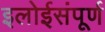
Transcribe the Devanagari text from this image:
इलोईसंपूर्ण